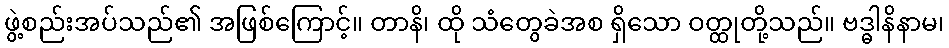
ဖွဲ့စည်းအပ်သည်၏ အဖြစ်ကြောင့်။ တာနိ၊ ထို သံတွေခဲအစ ရှိသော ဝတ္ထုတို့သည်။ ဗဒ္ဓါနိနာမ၊